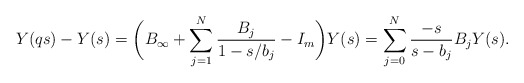
\begin{align*}& Y(q s) -Y(s) = \biggl( B_{\infty} + \sum^{N}_{j = 1}\frac{B_{j}}{1 - s/b_{j}} - I_{m} \biggr)Y(s) = \sum^{N}_{j = 0} \frac{-s}{s - b_{j}}B_{j} Y(s) .\end{align*}